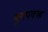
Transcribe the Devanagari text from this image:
मूगपक्ख